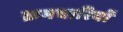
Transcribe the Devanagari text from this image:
क्रमचारियों